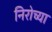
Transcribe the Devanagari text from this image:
निरोच्या